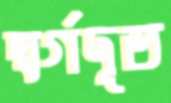
স্বর্গদূত